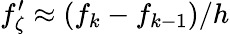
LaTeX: f_{\zeta}^{\prime}\approx(f_{k}-f_{k-1})/h